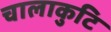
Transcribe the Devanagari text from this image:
चालाकुटि